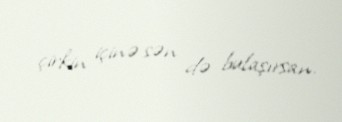
çirkin içinə sən də bulaşırsan.